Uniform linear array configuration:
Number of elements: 48
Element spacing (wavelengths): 0.5
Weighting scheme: cosine
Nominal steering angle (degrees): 0
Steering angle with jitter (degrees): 0.1864
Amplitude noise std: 0.05
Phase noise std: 0.05

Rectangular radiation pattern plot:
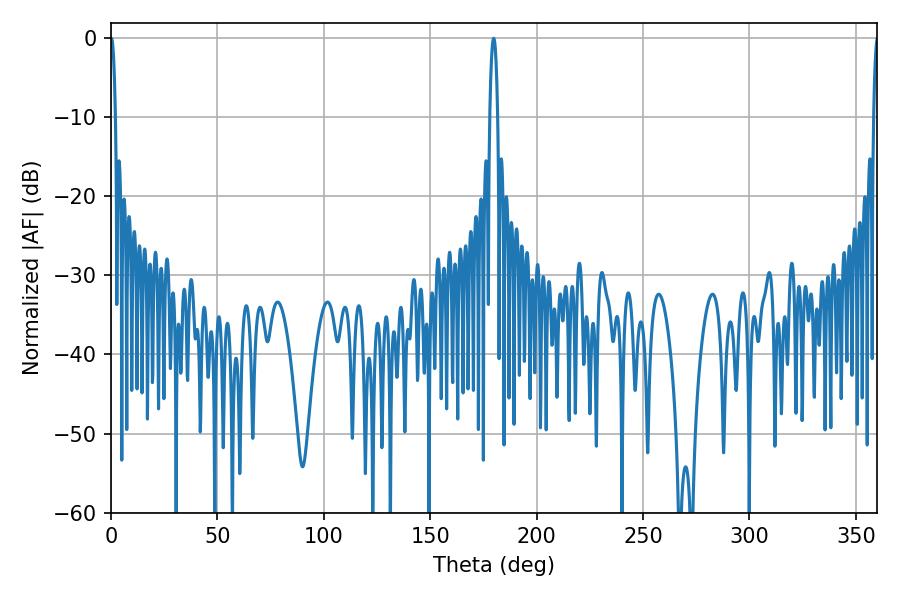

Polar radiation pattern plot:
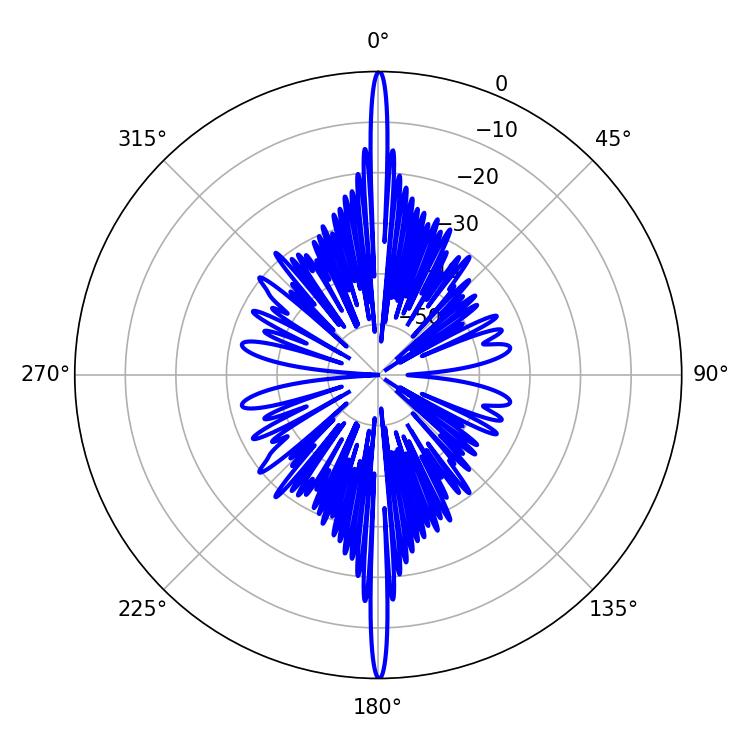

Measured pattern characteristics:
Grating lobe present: FALSE
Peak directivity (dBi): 40.924
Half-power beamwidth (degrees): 1.26
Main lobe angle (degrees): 0.18